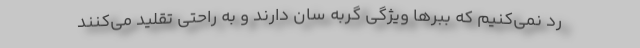
رد نمی‌کنیم که ببرها ویژگی گربه سان دارند و به راحتی تقلید می‌کنند